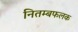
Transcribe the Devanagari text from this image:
नितम्बफलक